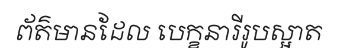
ព័ត៌មានដែល បេក្ខនារីរូបស្អាត